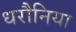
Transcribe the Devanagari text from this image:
धरौनिया